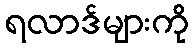
ရလာဒ်များကို